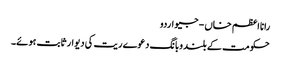
رانا اعظم خاں - جیو اردو
حکومت کے بلند وبانگ دعوے ریت کی دیوار ثابت ہوئے۔